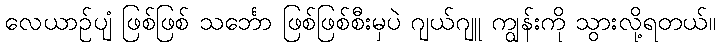
လေယာဉ်ပျံ ဖြစ်ဖြစ် သင်္ဘော ဖြစ်ဖြစ်စီးမှပဲ ဂျယ်ဂျူ ကျွန်းကို သွားလို့ရတယ်။